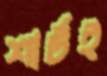
শার্টই